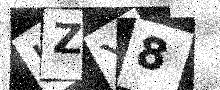
Text: UZY8